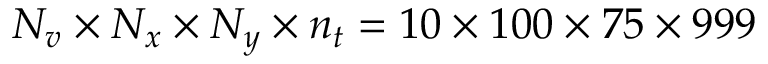
N _ { v } \times N _ { x } \times N _ { y } \times n _ { t } = 1 0 \times 1 0 0 \times 7 5 \times 9 9 9